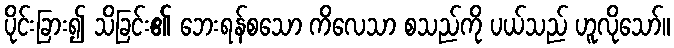
ပိုင်းခြား၍ သိခြင်း၏ ဘေးရန်စသော ကိလေသာ စသည်ကို ပယ်သည် ဟူလိုသော်။